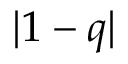
| 1 - q |